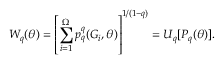
W _ { q } ( \theta ) = \left[ \sum _ { i = 1 } ^ { \Omega } p _ { q } ^ { q } ( G _ { i } , \theta ) \right] ^ { 1 / ( 1 - q ) } = U _ { q } [ P _ { q } ( \theta ) ] .